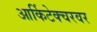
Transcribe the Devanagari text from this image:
आर्किटेक्चरवर